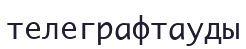
телеграфтауды